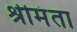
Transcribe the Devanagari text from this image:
श्रीमंता